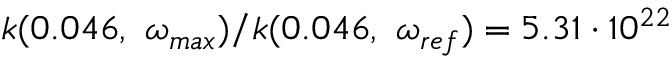
k ( 0 . 0 4 6 , \ \omega _ { m a x } ) / k ( 0 . 0 4 6 , \ \omega _ { r e f } ) = 5 . 3 1 \cdot 1 0 ^ { 2 2 }